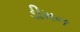
ડીમન